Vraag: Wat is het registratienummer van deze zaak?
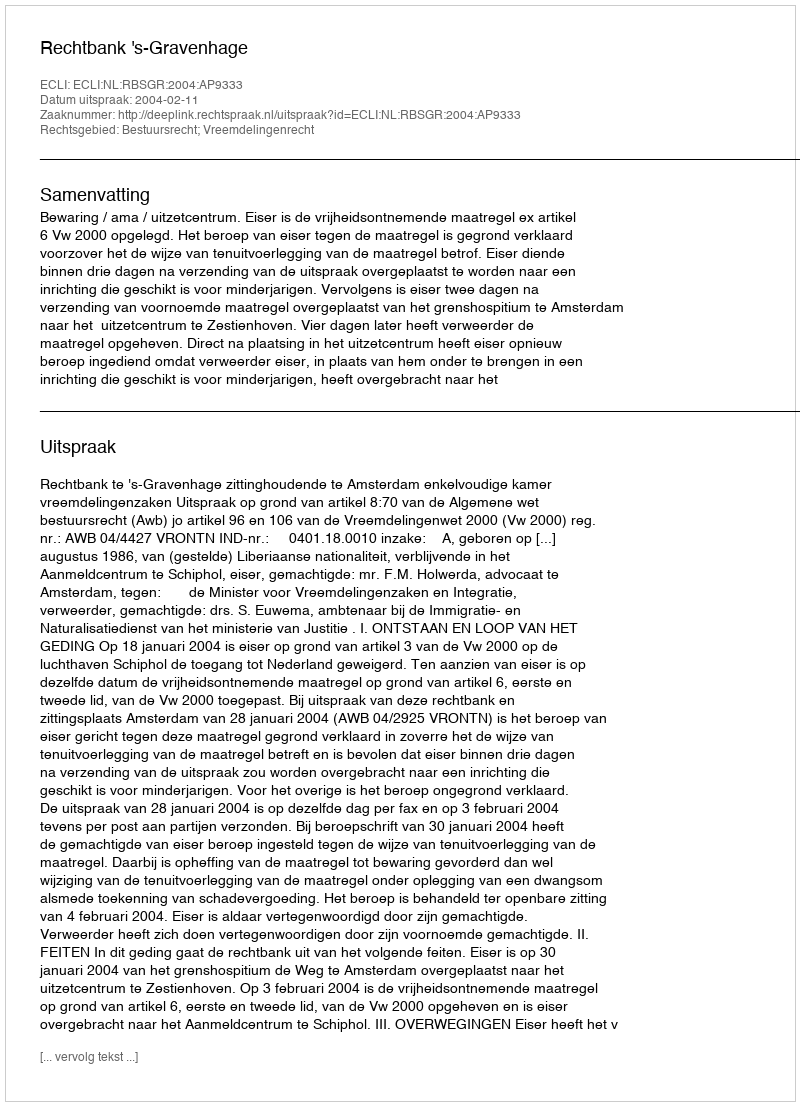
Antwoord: http://deeplink.rechtspraak.nl/uitspraak?id=ECLI:NL:RBSGR:2004:AP9333